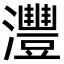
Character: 灃